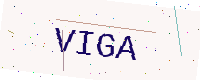
Text: VIGA